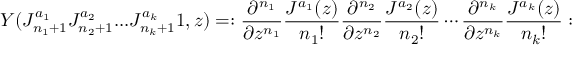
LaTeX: Y ( J _ { n _ { 1 } + 1 } ^ { a _ { 1 } } J _ { n _ { 2 } + 1 } ^ { a _ { 2 } } . . . J _ { n _ { k } + 1 } ^ { a _ { k } } 1 , z ) = : { \frac { \partial ^ { n _ { 1 } } } { \partial z ^ { n _ { 1 } } } } { \frac { J ^ { a _ { 1 } } ( z ) } { n _ { 1 } ! } } { \frac { \partial ^ { n _ { 2 } } } { \partial z ^ { n _ { 2 } } } } { \frac { J ^ { a _ { 2 } } ( z ) } { n _ { 2 } ! } } \cdots { \frac { \partial ^ { n _ { k } } } { \partial z ^ { n _ { k } } } } { \frac { J ^ { a _ { k } } ( z ) } { n _ { k } ! } } :